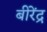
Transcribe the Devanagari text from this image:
बीरेंद्र